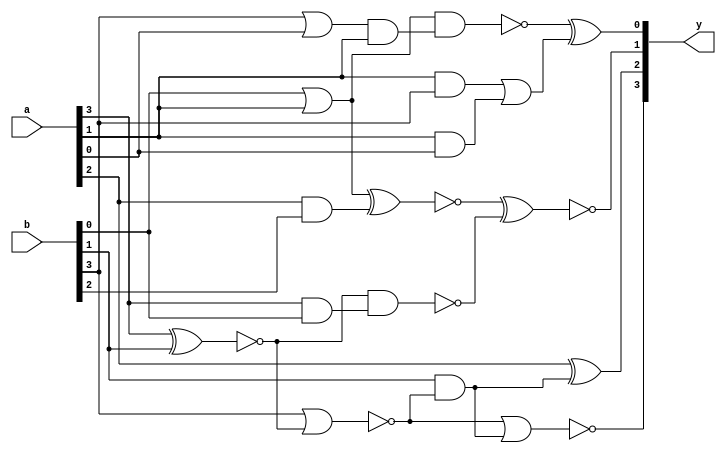
module test_4(y,a,b);
	input [3:0]a, b;
	output [3:0]y;
	wire [9:0]w;
	wire sub_wire0, w_eco0, w_eco1, w_eco2, sub_wire1, w_eco3;

	and and_1(w[0], w[1], a[1]);
	and and_2(w[2], a[2], b[2]);
	xor xor_1(y[2], a[2], w[3]);
	nand nand_1(sub_wire0, w[5], w[0]);
	nand nand_2(w[4], w[6], w[8]);
	nor nor_1(w[7], b[3], w[6]);
	nor nor_2(y[3], w[7], w[3]);
	and and_3(w[8], a[3], b[0]);
	and and_4(w[3], b[1], w[7]);
	or or_1(w[1], b[3], a[0]);
	or or_2(w[5], b[0], a[1]);
	xnor xnor_1(w[9], w[5], w[2]);
	xnor xnor_2(w[6], a[3], b[1]);
	xor xor_2(sub_wire1, w[9], w[4]);
	and _ECO_0(w_eco0, a[1], b[3]);
	and _ECO_1(w_eco1, a[1], a[0]);
	or _ECO_2(w_eco2, w_eco0, w_eco1);
	xor _ECO_out0(y[0], sub_wire0, w_eco2);
	assign w_eco3 = 1'b1;
	xor _ECO_out1(y[1], sub_wire1, w_eco3);

endmodule